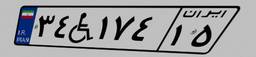
۳۱W۲۲۲۲۳